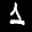
Label: 1